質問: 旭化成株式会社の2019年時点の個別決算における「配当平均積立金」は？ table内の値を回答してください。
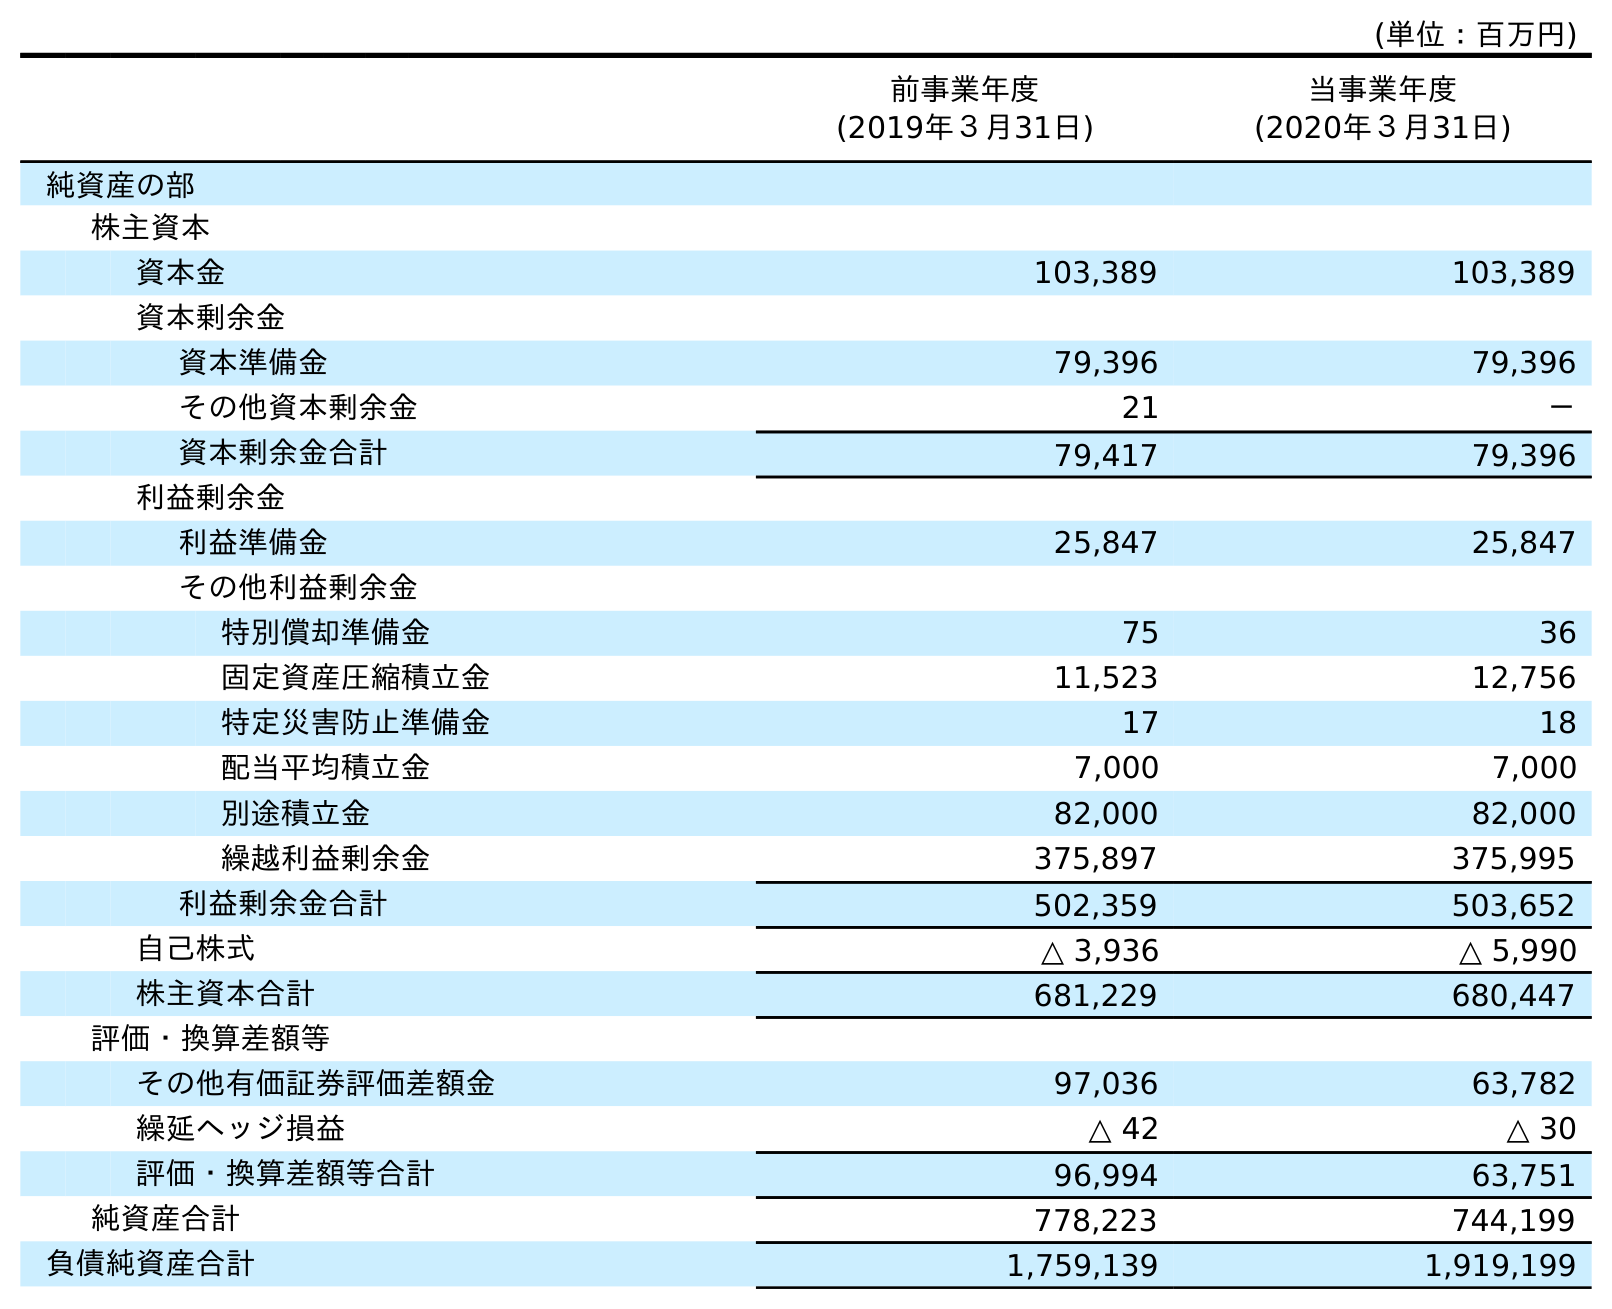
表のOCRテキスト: (単位：百万円) 前事業年度 (2019年３月31日) 当事業年度 (2020年３月31日) 純資産の部 株主資本 資本金 103,389 103,389 資本剰余金 資本準備金 79,396 79,396 その他資本剰余金 21 － 資本剰余金合計 79,417 79,396 利益剰余金 利益準備金 25,847 25,847 その他利益剰余金 特別償却準備金 75 36 固定資産圧縮積立金 11,523 12,756 特定災害防止準備金 17 18 配当平均積立金 7,000 7,000 別途積立金 82,000 82,000 繰越利益剰余金 375,897 375,995 利益剰余金合計 502,359 503,652 自己株式 △ 3,936 △ 5,990 株主資本合計 681,229 680,447 評価・換算差額等 その他有価証券評価差額金 97,036 63,782 繰延ヘッジ損益 △ 42 △ 30 評価・換算差額等合計 96,994 63,751 純資産合計 778,223 744,199 負債純資産合計 1,759,139 1,919,199
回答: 7,000